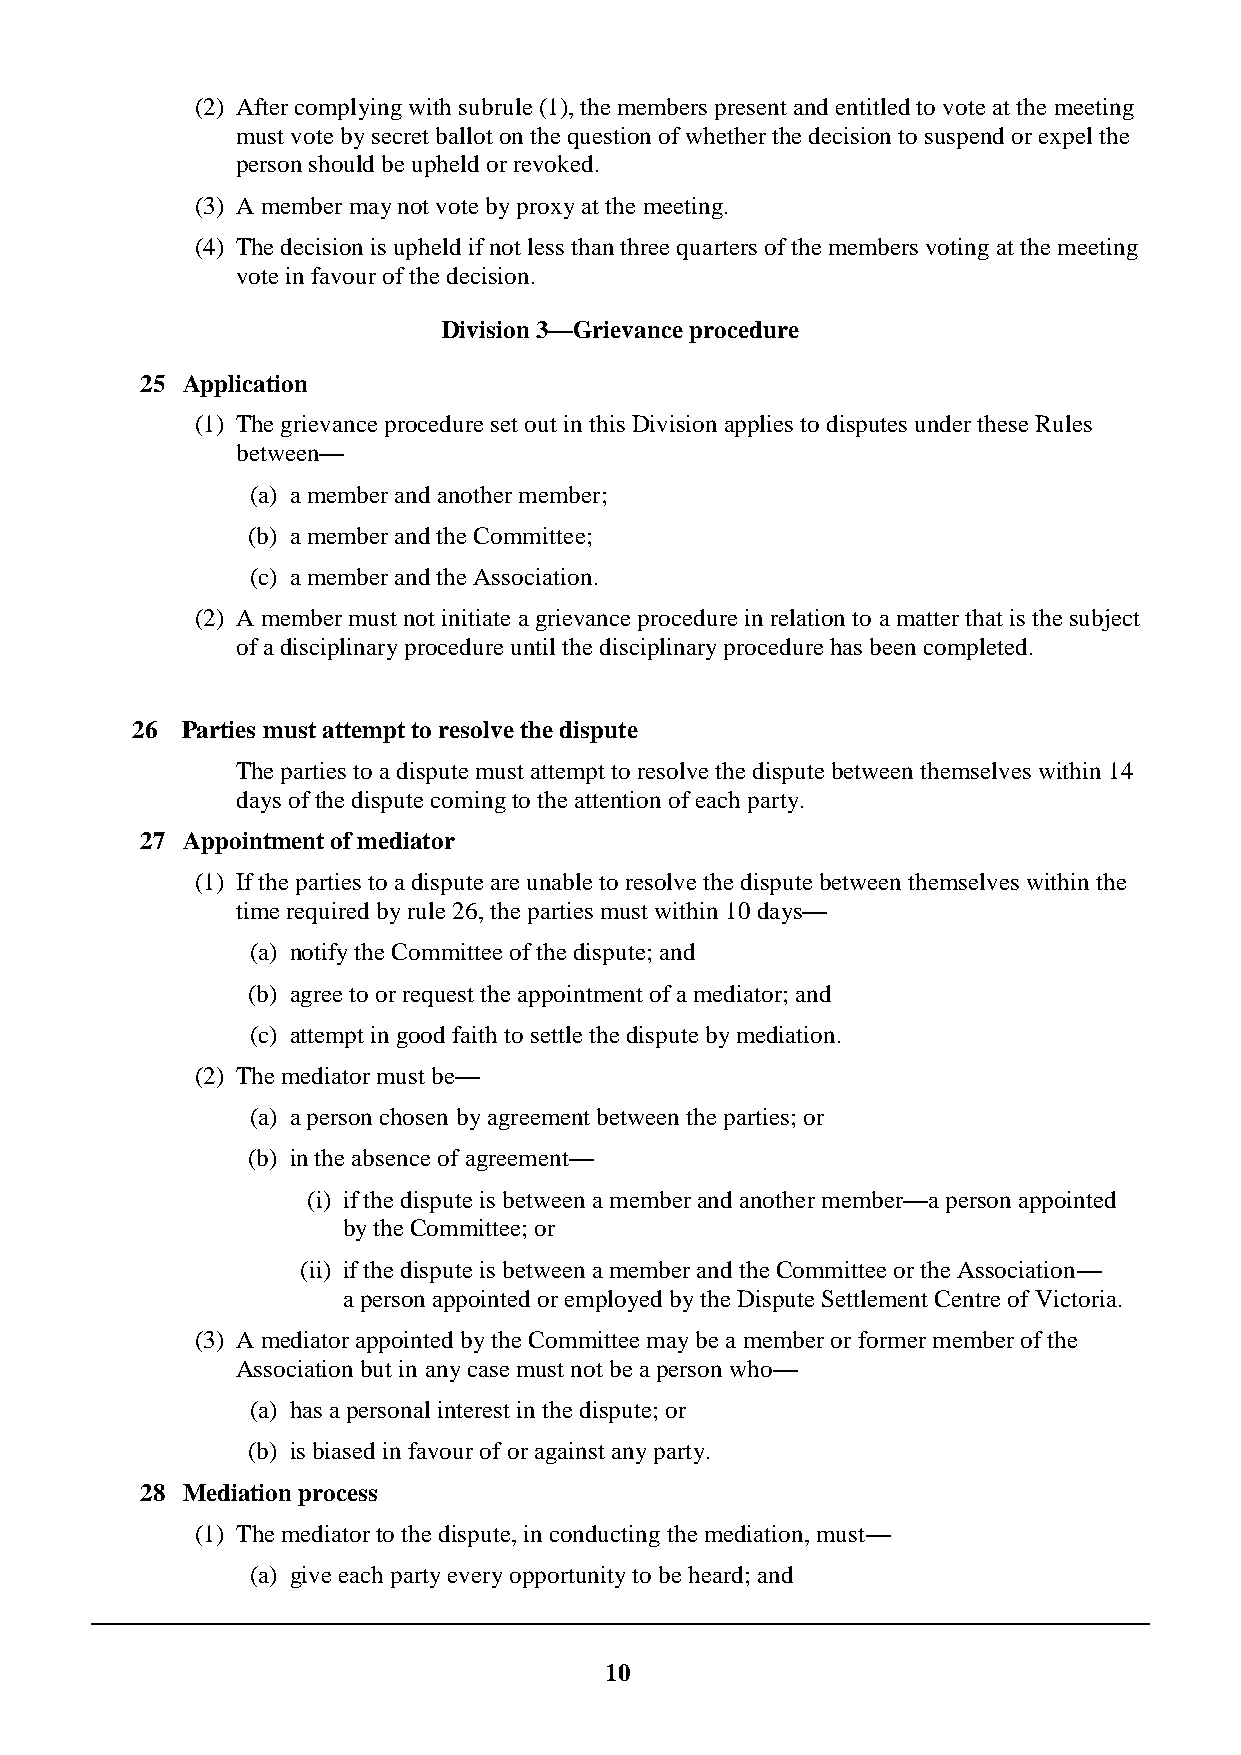
(2) After complying with subrule (1), the members present and entitled to vote at the meeting
 must vote by secret ballot on the question of whether the decision to suspend or expel the
 person should be upheld or revoked.
 (3) A member may not vote by proxy at the meeting.
 (4) The decision is upheld if not less than three quarters of the members voting at the meeting
 vote in favour of the decision.
 Division 3—Grievance procedure
 25 Application
 (1) The grievance procedure set out in this Division applies to disputes under these Rules
 between—
 (a) a member and another member;
 (b) a member and the Committee;
 (c) a member and the Association.
 (2) A member must not initiate a grievance procedure in relation to a matter that is the subject
 of a disciplinary procedure until the disciplinary procedure has been completed.
 26 Parties must attempt to resolve the dispute
 The parties to a dispute must attempt to resolve the dispute between themselves within 14
 days of the dispute coming to the attention of each party.
 27 Appointment of mediator
 (1) If the parties to a dispute are unable to resolve the dispute between themselves within the
 time required by rule 26, the parties must within 10 days—
 (a) notify the Committee of the dispute; and
 (b) agree to or request the appointment of a mediator; and
 (c) attempt in good faith to settle the dispute by mediation.
 (2) The mediator must be—
 (a) a person chosen by agreement between the parties; or
 (b) in the absence of agreement—
 (i) if the dispute is between a member and another member—a person appointed
 by the Committee; or
 (ii) if the dispute is between a member and the Committee or the Association—
 a person appointed or employed by the Dispute Settlement Centre of Victoria.
 (3) A mediator appointed by the Committee may be a member or former member of the
 Association but in any case must not be a person who—
 (a) has a personal interest in the dispute; or
 (b) is biased in favour of or against any party.
 28 Mediation process
 (1) The mediator to the dispute, in conducting the mediation, must—
 (a) give each party every opportunity to be heard; and
 10